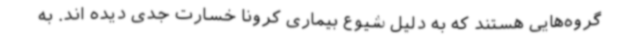
گروه‌هایی هستند که به دلیل شیوع بیماری کرونا خسارت جدی دیده اند. به